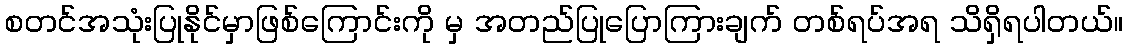
စတင်အသုံးပြုနိုင်မှာဖြစ်ကြောင်းကို မှ အတည်ပြုပြောကြားချက် တစ်ရပ်အရ သိရှိရပါတယ်။